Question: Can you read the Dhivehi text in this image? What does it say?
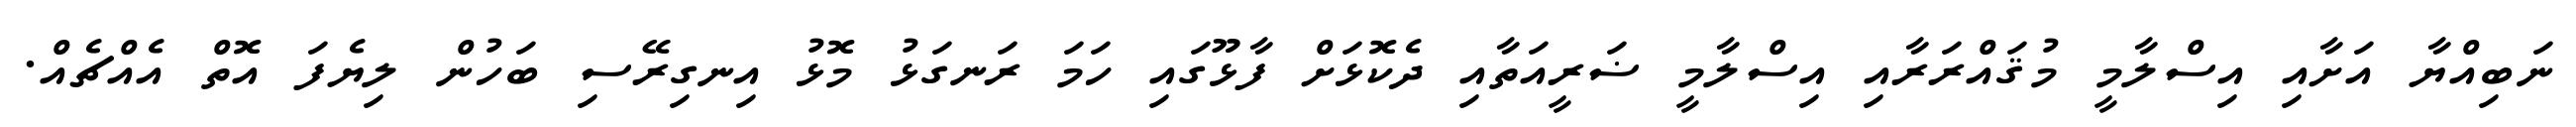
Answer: ނަބިއްޔާ އަށާއި އިސްލާމީ މުޤައްރަރާއި އިސްލާމީ ޟަރީއަތާއި ދެކޮޅަށް ފާޅޫގައި ހަމަ ރަނގަޅު މޮޅު އިނގިރޭސި ބަހުން ލިޔެފަ އޮތް އެއްޗެއް.